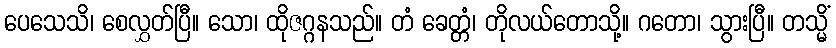
ပေသေသိ၊ စေလွှတ်ပြီ။ သော၊ ထိုဇဂ္ဂနသည်။ တံ ခေတ္တံ၊ တိုလယ်တောသို့။ ဂတော၊ သွားပြီ။ တသ္မိံ